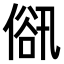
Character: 𠌋